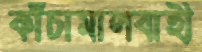
কাঁচামালবাহী